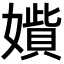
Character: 𡢍